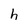
Character: h